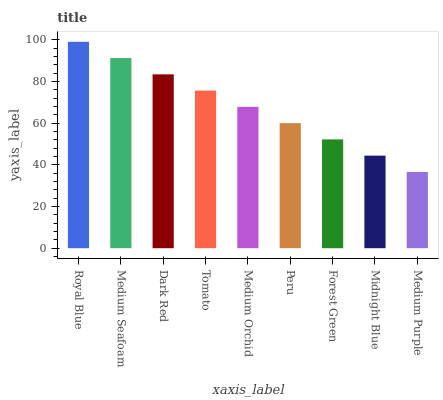
| xaxis_label | bars |
 | --- | --- |
 | Royal Blue | 99 |
 | Medium Seafoam | 91.2 |
 | Dark Red | 83.4 |
 | Tomato | 75.6 |
 | Medium Orchid | 67.8 |
 | Peru | 60 |
 | Forest Green | 52.2 |
 | Midnight Blue | 44.4 |
 | Medium Purple | 36.6 |